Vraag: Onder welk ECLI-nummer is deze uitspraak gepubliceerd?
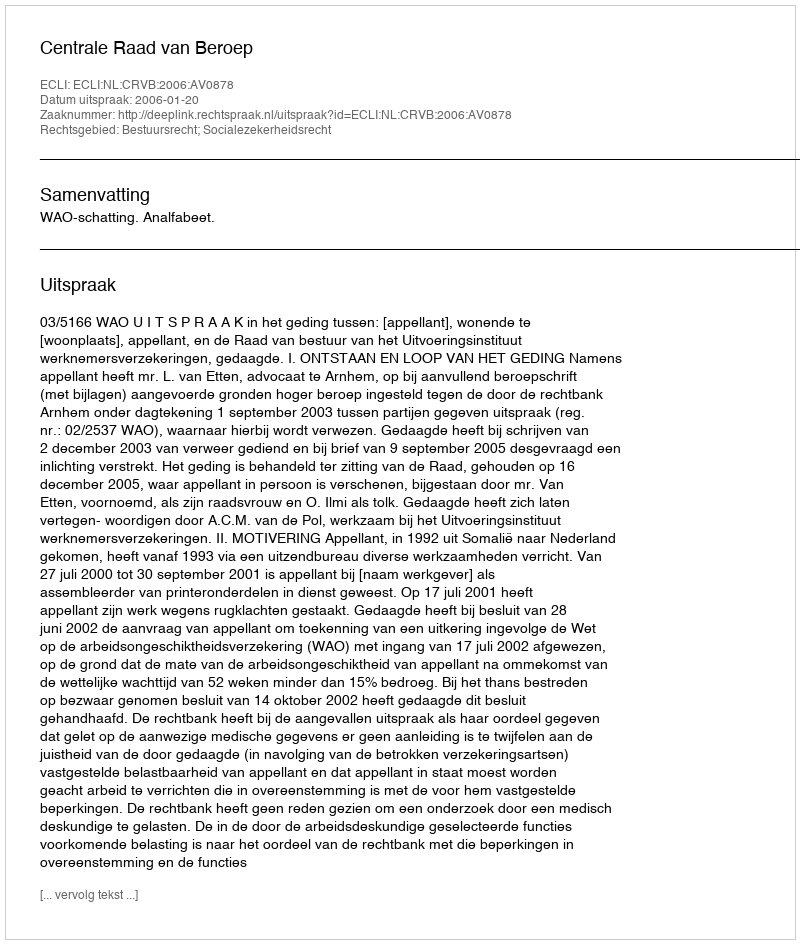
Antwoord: ECLI:NL:CRVB:2006:AV0878